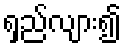
ရှည်လျား၍